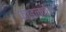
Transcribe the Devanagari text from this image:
फ़ाइननेस